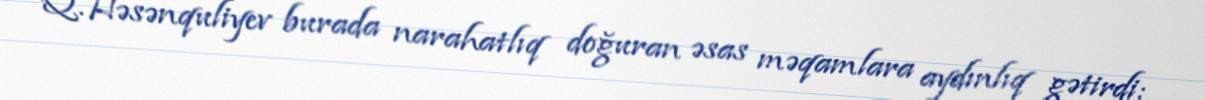
Q.Həsənquliyev burada narahatlıq doğuran əsas məqamlara aydınlıq gətirdi: